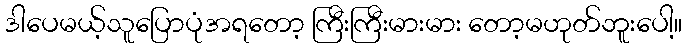
ဒါပေမယ့်သူပြောပုံအရတော့ ကြီးကြီးမားမား တော့မဟုတ်ဘူးပေါ့။